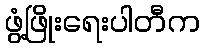
ဖွံ့ဖြိုးရေးပါတီက